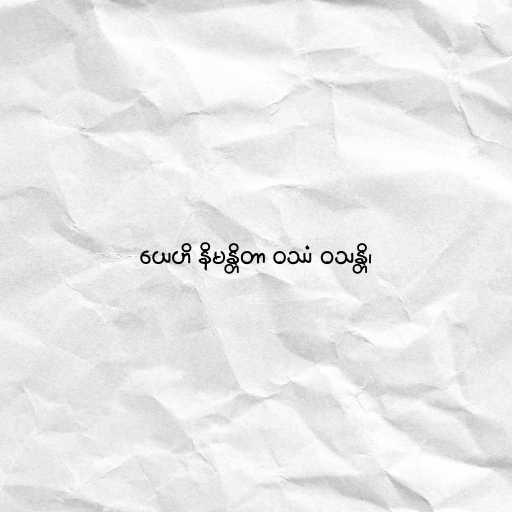
ယေဟိ နိမန္တိတာ ဝဿံ ဝသန္တိ၊